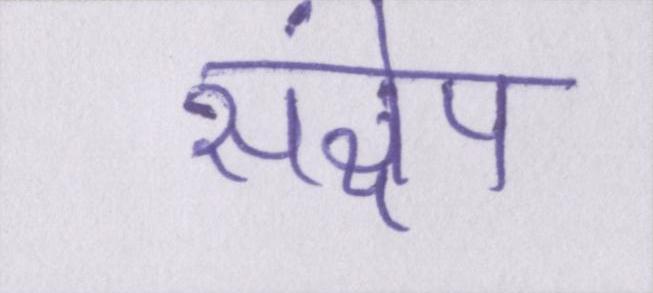
संक्षेप